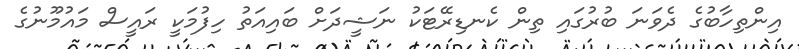
އިންތިހާބުގެ ދެވަނަ ބުރުގައި ތިން ކެނޑިރޭޓަކު ނަޝީދަށް ބައިއަތު ހިފުމަކީ ރައީސް މައުމޫނުގެ